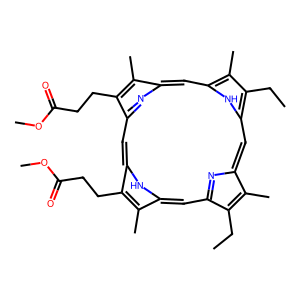
SMILES: CCc1c(C)c2cc3[nH]c(cc4nc(cc5[nH]c(cc1n2)c(C)c5CCC(=O)OC)c(CCC(=O)OC)c4C)c(C)c3CC
Inhibits HIV replication: No